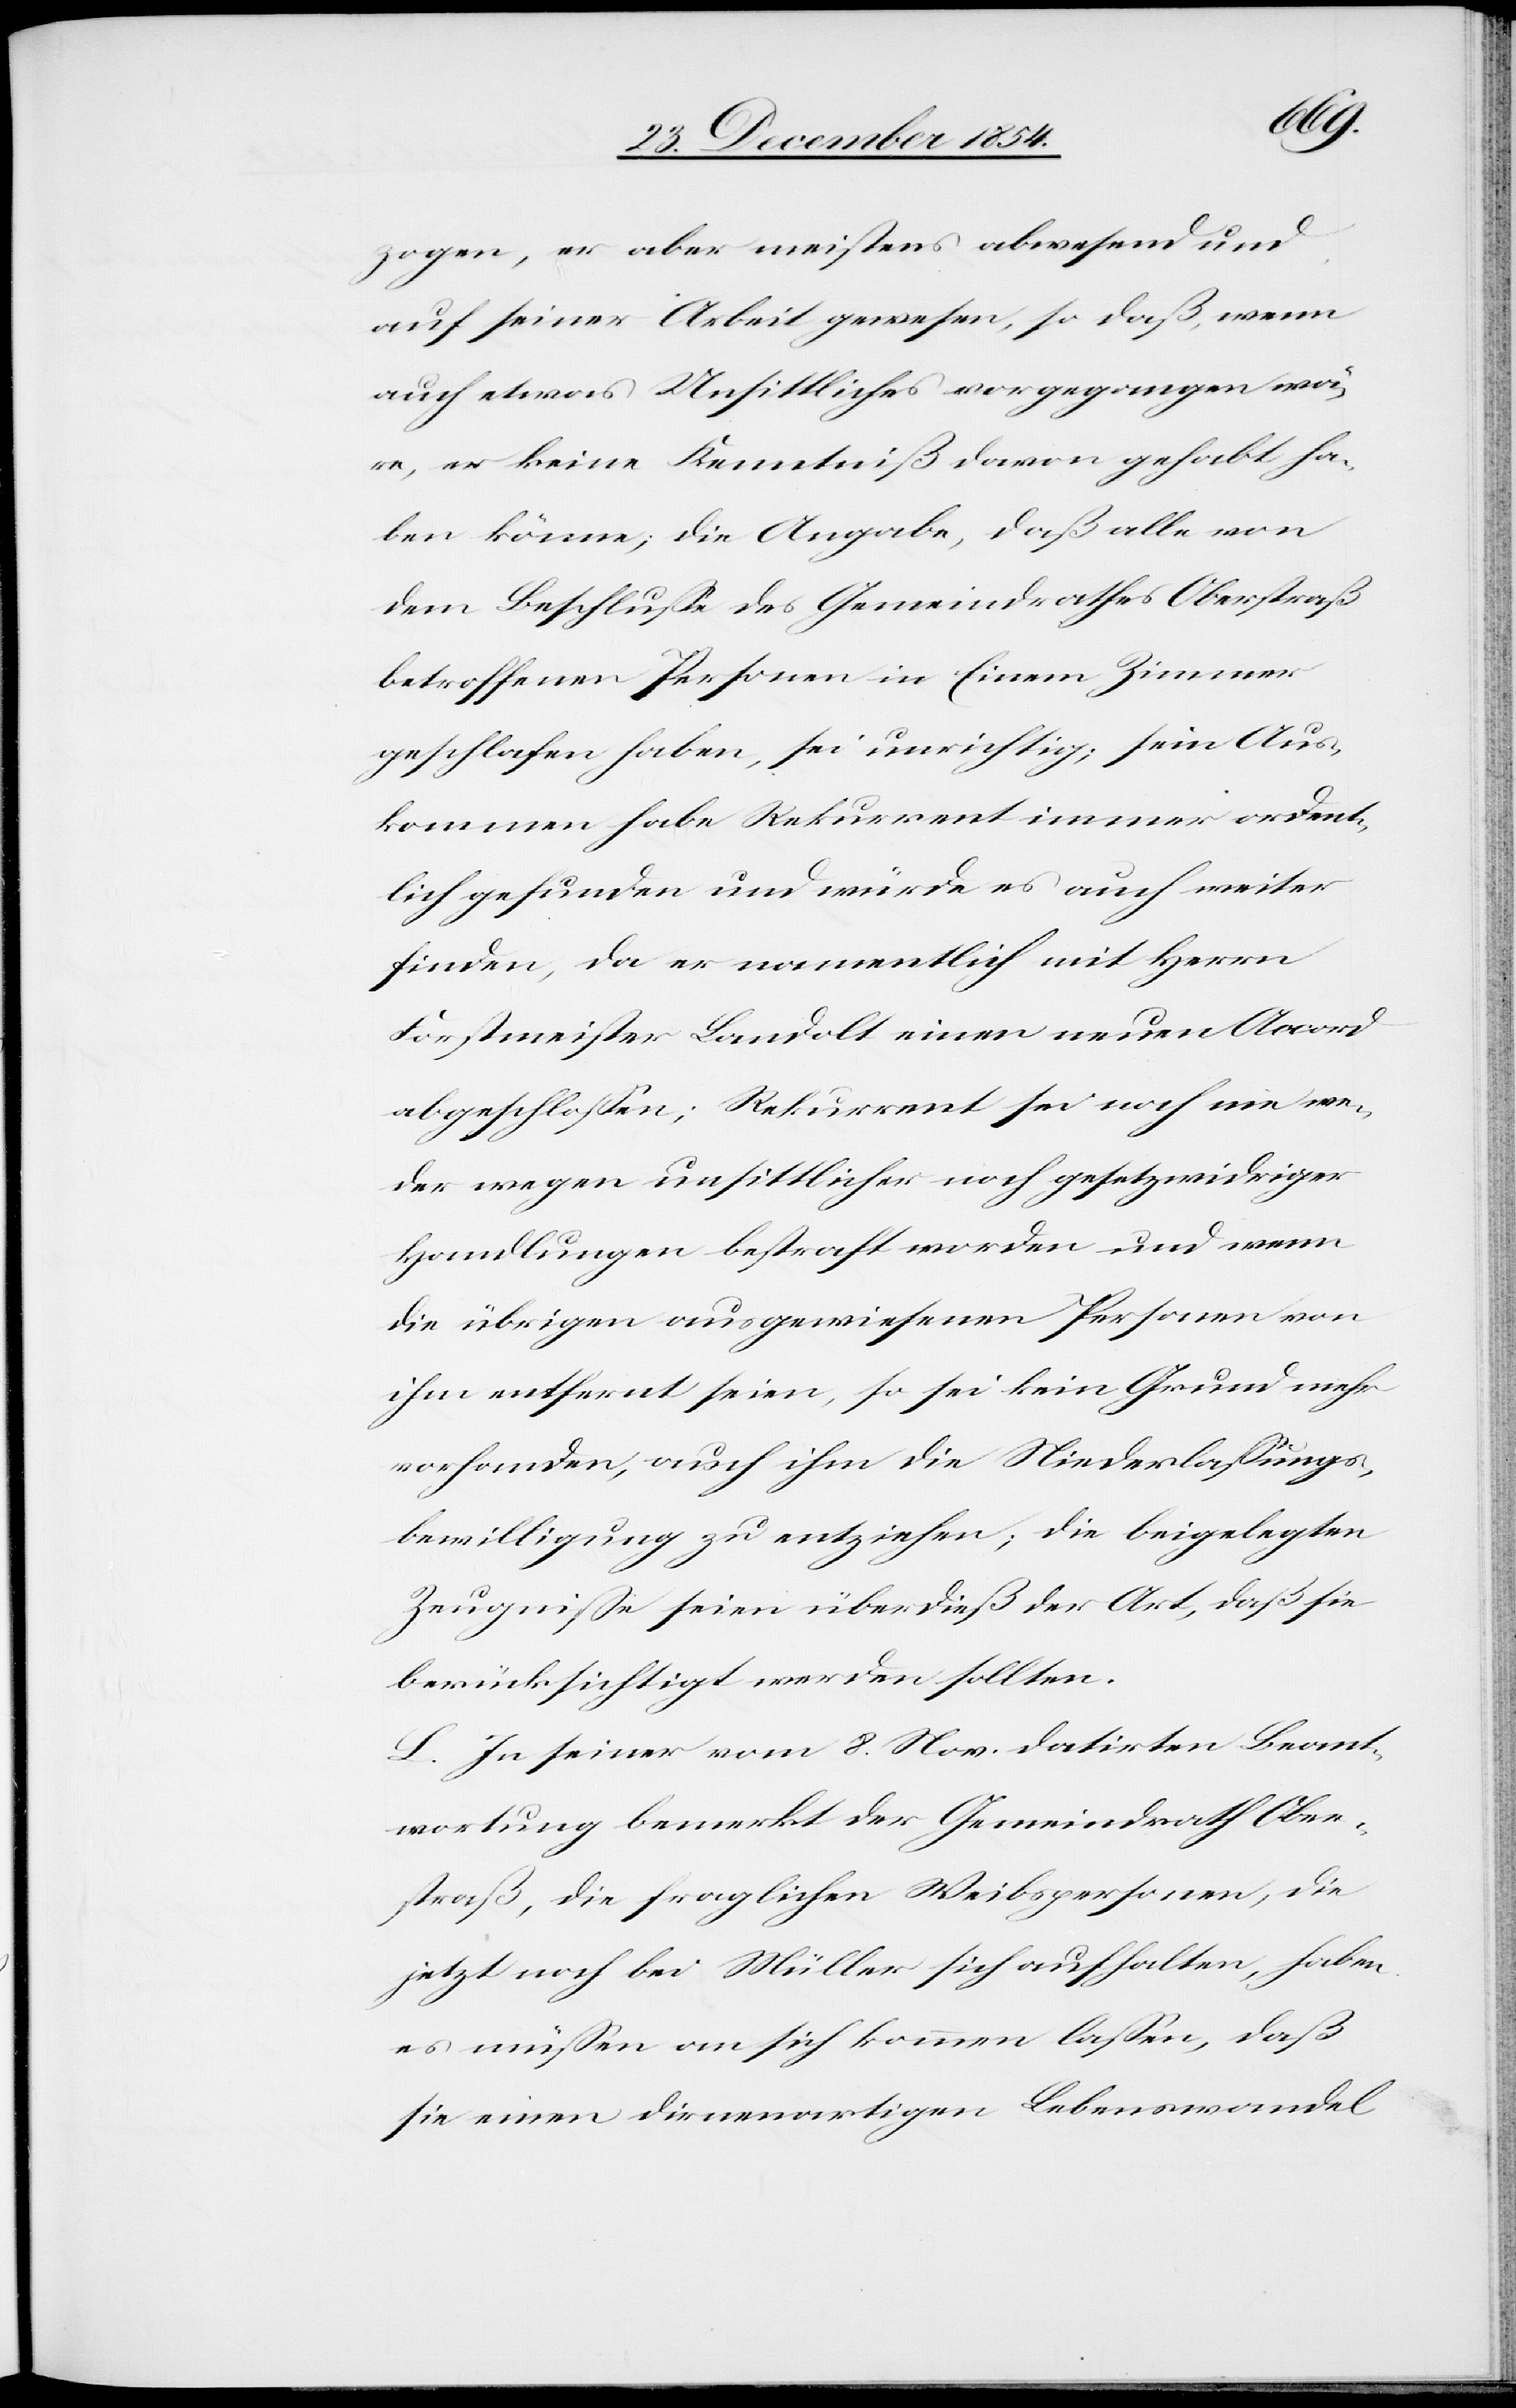
zogen, er aber meistens abwesend und
auf seiner Arbeit gewesen, so daß, wenn
auch etwas Unsittliches vorgegangen wä¬
re, er keine Kenntniß davon gehabt ha¬
ben könne, die Angabe, daß alle von
dem Beschluße des Gemeindrathes Oberstraß
betroffenen Personen in Einem Zimmer
geschlafen haben, sei unrichtig; sein Aus¬
kommen habe Rekurrent immer ordent¬
lich gefunden und würde es auch weiter
finden, da er namentlich mit Herrn
Forstmeister Landolt einen neuen Accord
abgeschloßen; Rekurrent sei noch nie we¬
der wegen unsittlicher noch gesetzwidriger
Handlungen bestraft worden und wenn
die übrigen ausgewiesenen Personen von
ihm entfernt seien, so sei kein Grund mehr
vorhanden, auch ihm die Niederlaßungs¬
bewilligung zu entziehen; die beigelegten
Zeugniße seien überdieß der Art, daß sie
berücksichtigt werden sollten.
L. Ins einer vom 8. Nov. datirten Beant¬
wortung bemerkt der Gemeindrath Ober¬
straß, die fraglichen Weibspersonen, die
jetzt noch bei Müller sich aufhalten, haben
es müßen an sich kommen laßen, daß
sie einen dirnenartigen Lebenswandel